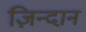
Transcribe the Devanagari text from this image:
ज़िन्दान